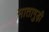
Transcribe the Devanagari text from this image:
मातागुड़ी